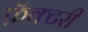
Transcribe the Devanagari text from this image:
फ़ॅक्टरी